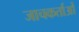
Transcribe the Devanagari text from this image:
जाचकर्ताओं